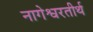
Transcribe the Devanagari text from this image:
नागेश्वरतीर्थ